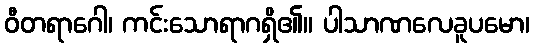
ဝီတရာဂေါ၊ ကင်းသောရာဂရှိ၏။ ပါသာဏလေခူပမော၊